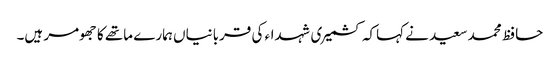
حافظ محمد سعید نے کہاکہ کشمیری شہداء کی قربانیاں ہمارے ماتھے کا جھومر ہیں۔